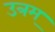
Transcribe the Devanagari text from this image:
उत्रम्